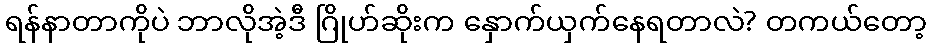
ရန်နာတာကိုပဲ ဘာလိုအဲ့ဒီ ဂြိုဟ်ဆိုးက နှောက်ယှက်နေရတာလဲ? တကယ်တော့